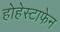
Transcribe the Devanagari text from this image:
होहेस्टाफेन